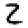
Digit: 2